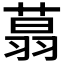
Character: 𦶑